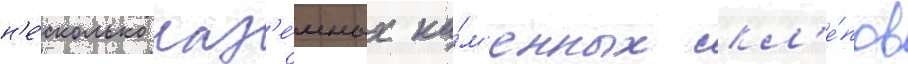
н'е́сколько наз'е́мных ка́м'енных скл'е́пов